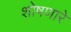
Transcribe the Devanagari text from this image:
शोषणारे